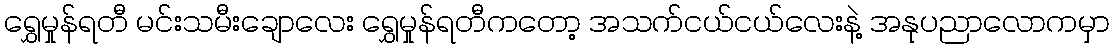
ရွှေမှုန်ရတီ မင်းသမီးချောလေး ရွှေမှုန်ရတီကတော့ အသက်ငယ်ငယ်လေးနဲ့ အနုပညာလောကမှာ